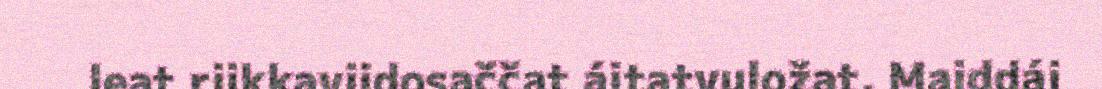
leat riikkaviidosaččat áitatvuložat. Maiddái